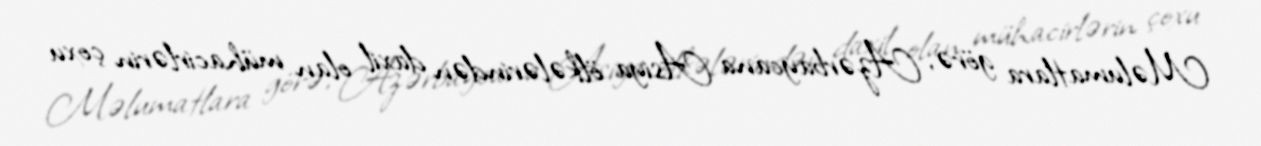
Məlumatlara görə, Azərbaycana Asiya ölkələrindən daxil olan mühacirlərin çoxu